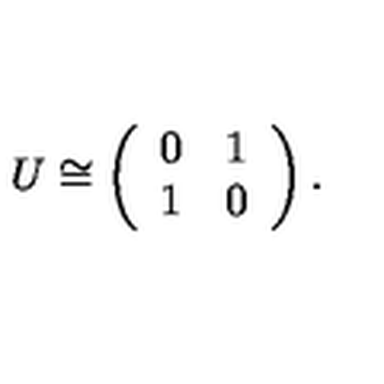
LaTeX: U \cong \left( \begin{array} { c c } { 0 } & { 1 } \\ { 1 } & { 0 } \\ \end{array} \right) .